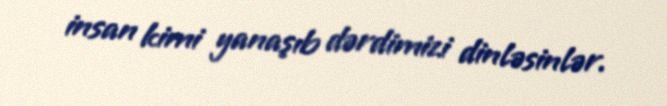
insan kimi yanaşıb dərdimizi dinləsinlər.